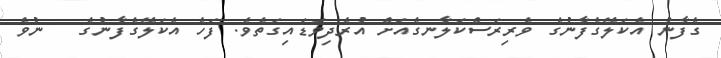
ގެފާނު އެކަލޭގެފާނުގެ ވެރިރަސްކަލާނގެއަށް އުރެދިވަޑައިގަތެވެ. ފަހެ އެކަލޭގެފާނުގެ   ނުވެ